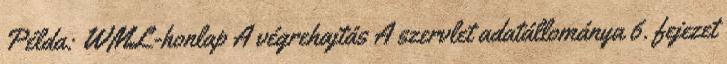
Példa: WML-honlap A végrehajtás A szervlet adatállománya 6. fejezet